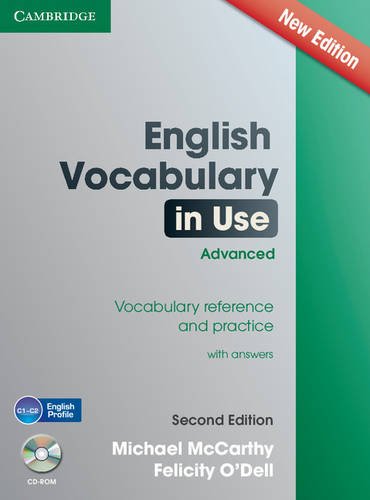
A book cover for English Vocabulary in Use Advanced with CD-ROM: Vocabulary Reference and Practice; Michael McCarthy; Reference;